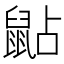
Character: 𪕐